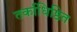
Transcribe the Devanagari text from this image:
तर्काधिष्ठित